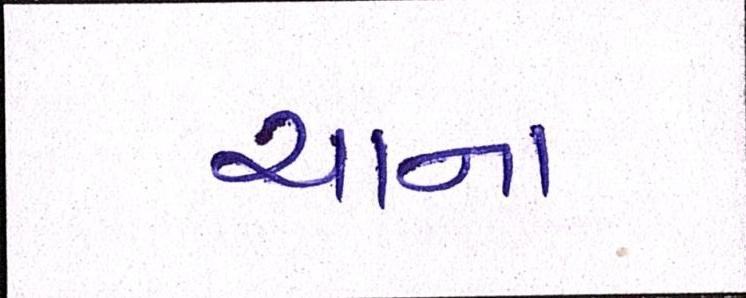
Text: ચાના